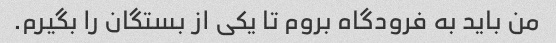
من باید به فرودگاه بروم تا یکی از بستگان را بگیرم.